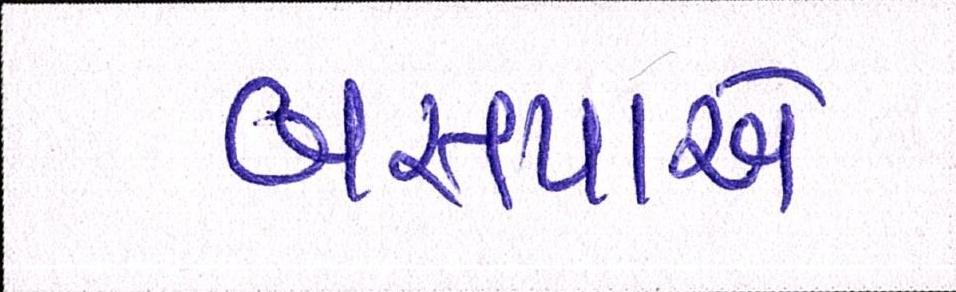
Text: બસપાએ